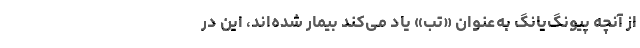
از آنچه پیونگ‌یانگ به‌عنوان «تب» یاد می‌کند بیمار شده‌اند، این در